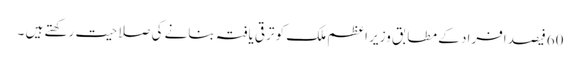
60فیصد افراد کے مطابق وزیر اعظم ملک کو ترقی یافتہ بنانے کی صلاحیت رکھتے ہیں ۔